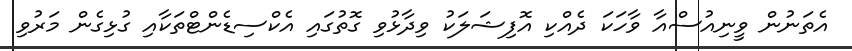
އެތަނުން ވީނިއުސްއާ ވާހަކަ ދެއްކި އޮފިޝަލަކު ވިދާޅުވި ގޮތުގައި އެކްސިޑެންޓްތަކާއި ގުޅިގެން މަރުވި